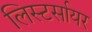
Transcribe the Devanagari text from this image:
लिस्टर्सायर